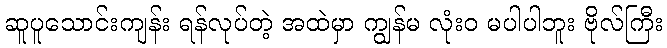
ဆူပူသောင်းကျန်း ရန်လုပ်တဲ့ အထဲမှာ ကျွန်မ လုံးဝ မပါပါဘူး ဗိုလ်ကြီး